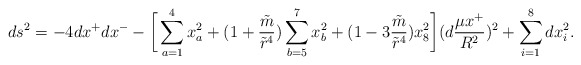
\begin{align*}ds^2=-4dx^+dx^- -\bigg[\sum\limits_{a=1}^4x_a^2 +(1+{\tilde m\over {\tilde r}^4})\sum\limits_{b=5}^7 x_b^2 + (1-3{\tilde m\over {\tilde r}^4})x_8^2\bigg](d{{\mu x^+} \over R^2} )^2+ \sum\limits_{i=1}^8dx_i^2.\end{align*}